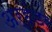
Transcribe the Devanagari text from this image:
अर्हंडर